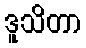
ဒူသိတာ